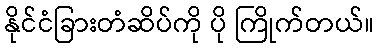
နိုင်ငံခြားတံဆိပ်ကို ပို ကြိုက်တယ်။